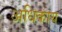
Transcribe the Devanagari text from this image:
अधिकाय